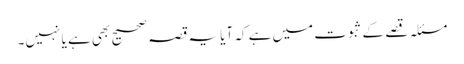
مسئلہ قصے کے ثبوت میں ہے کہ آیا یہ قصہ صحیح بھی ہے یا نہیں۔